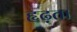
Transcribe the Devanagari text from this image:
हृढ़ता